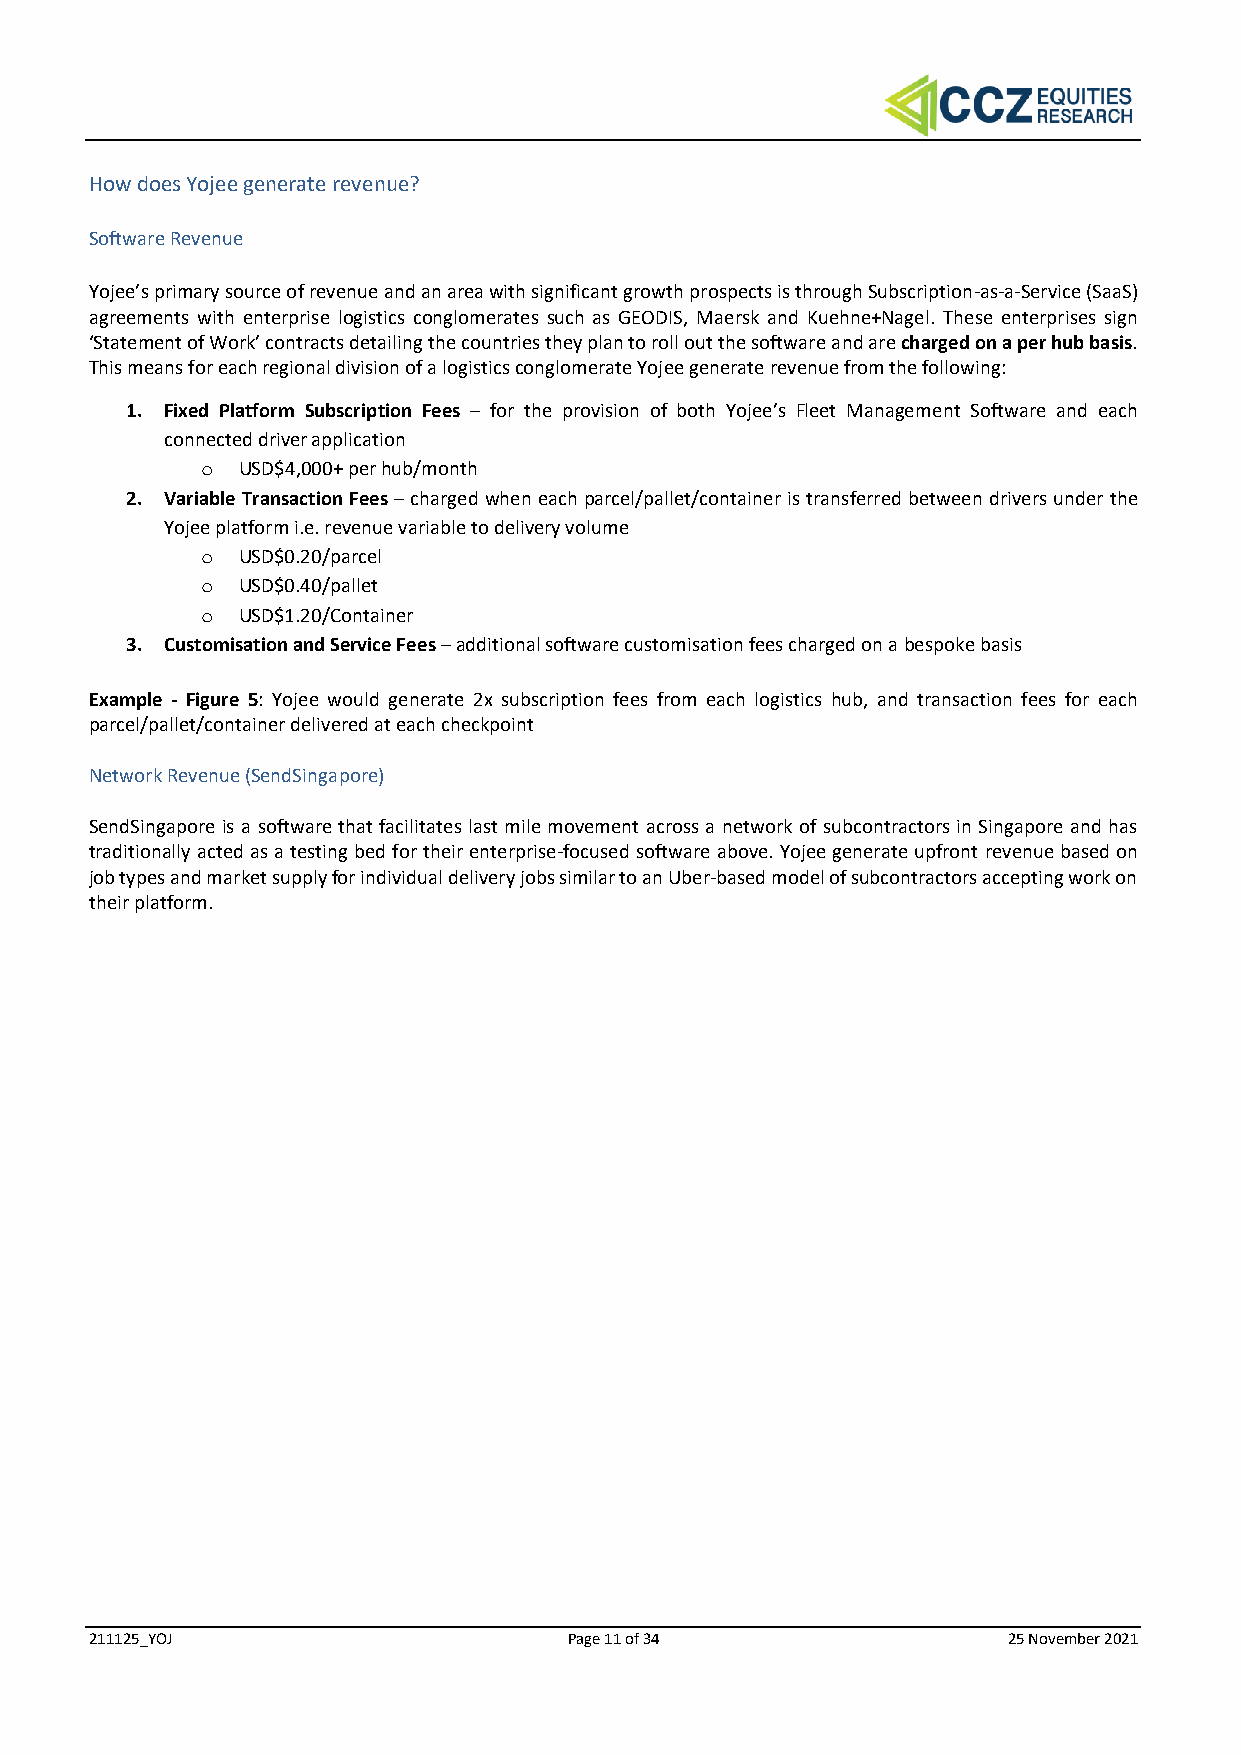
How does Yojee generate revenue?
 Software Revenue
 Yojee’s primary source of revenue and an area with significant growth prospects is through Subscription-as-a-Service (SaaS)
 agreements with enterprise logistics conglomerates such as GEODIS, Maersk and Kuehne+Nagel. These enterprises sign
 ‘Statement of Work’ contracts detailing the countries they plan to roll out the software and are charged on a per hub basis.
 This means for each regional division of a logistics conglomerate Yojee generate revenue from the following:
 1. Fixed Platform Subscription Fees – for the provision of both Yojee’s Fleet Management Software and each
 connected driver application
 o  USD$4,000+ per hub/month
 2. Variable Transaction Fees – charged when each parcel/pallet/container is transferred between drivers under the
 Yojee platform i.e. revenue variable to delivery volume
 o  USD$0.20/parcel
 o  USD$0.40/pallet
 o  USD$1.20/Container
 3. Customisation and Service Fees – additional software customisation fees charged on a bespoke basis
 Example - Figure 5: Yojee would generate 2x subscription fees from each logistics hub, and transaction fees for each
 parcel/pallet/container delivered at each checkpoint
 Network Revenue (SendSingapore)
 SendSingapore is a software that facilitates last mile movement across a network of subcontractors in Singapore and has
 traditionally acted as a testing bed for their enterprise-focused software above. Yojee generate upfront revenue based on
 job types and market supply for individual delivery jobs similar to an Uber-based model of subcontractors accepting work on
 their platform.
 211125_YOJ                      Page 11 of 34                25 November 2021